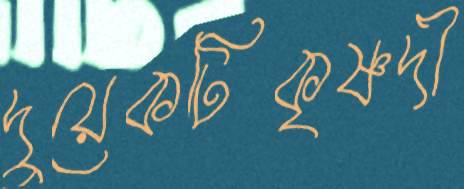
দুয়েকটিকৃষ্ণদী